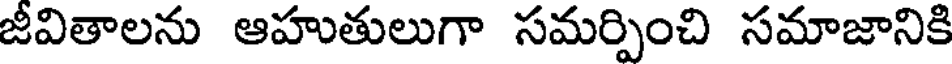
జీవితాలను ఆహుతులుగా సమర్పించి సమాజానికి